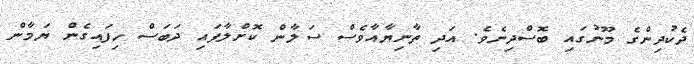
ދެކުދިންގެ މޫނުގައި ބޮސްދިނެވެ. އަދި ތާނިޔާއާވެސް ސަލާން ކޮށްލާފައި ދަބަސް ހިފައިގެން ޔަމާން